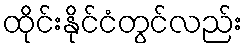
ထိုင်းနိုင်ငံတွင်လည်း